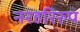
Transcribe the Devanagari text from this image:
नरहरिरुप